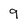
Character: 9